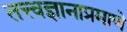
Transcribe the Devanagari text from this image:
तत्त्वज्ञानाप्रमाणे